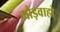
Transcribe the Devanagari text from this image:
गौड़वाहो